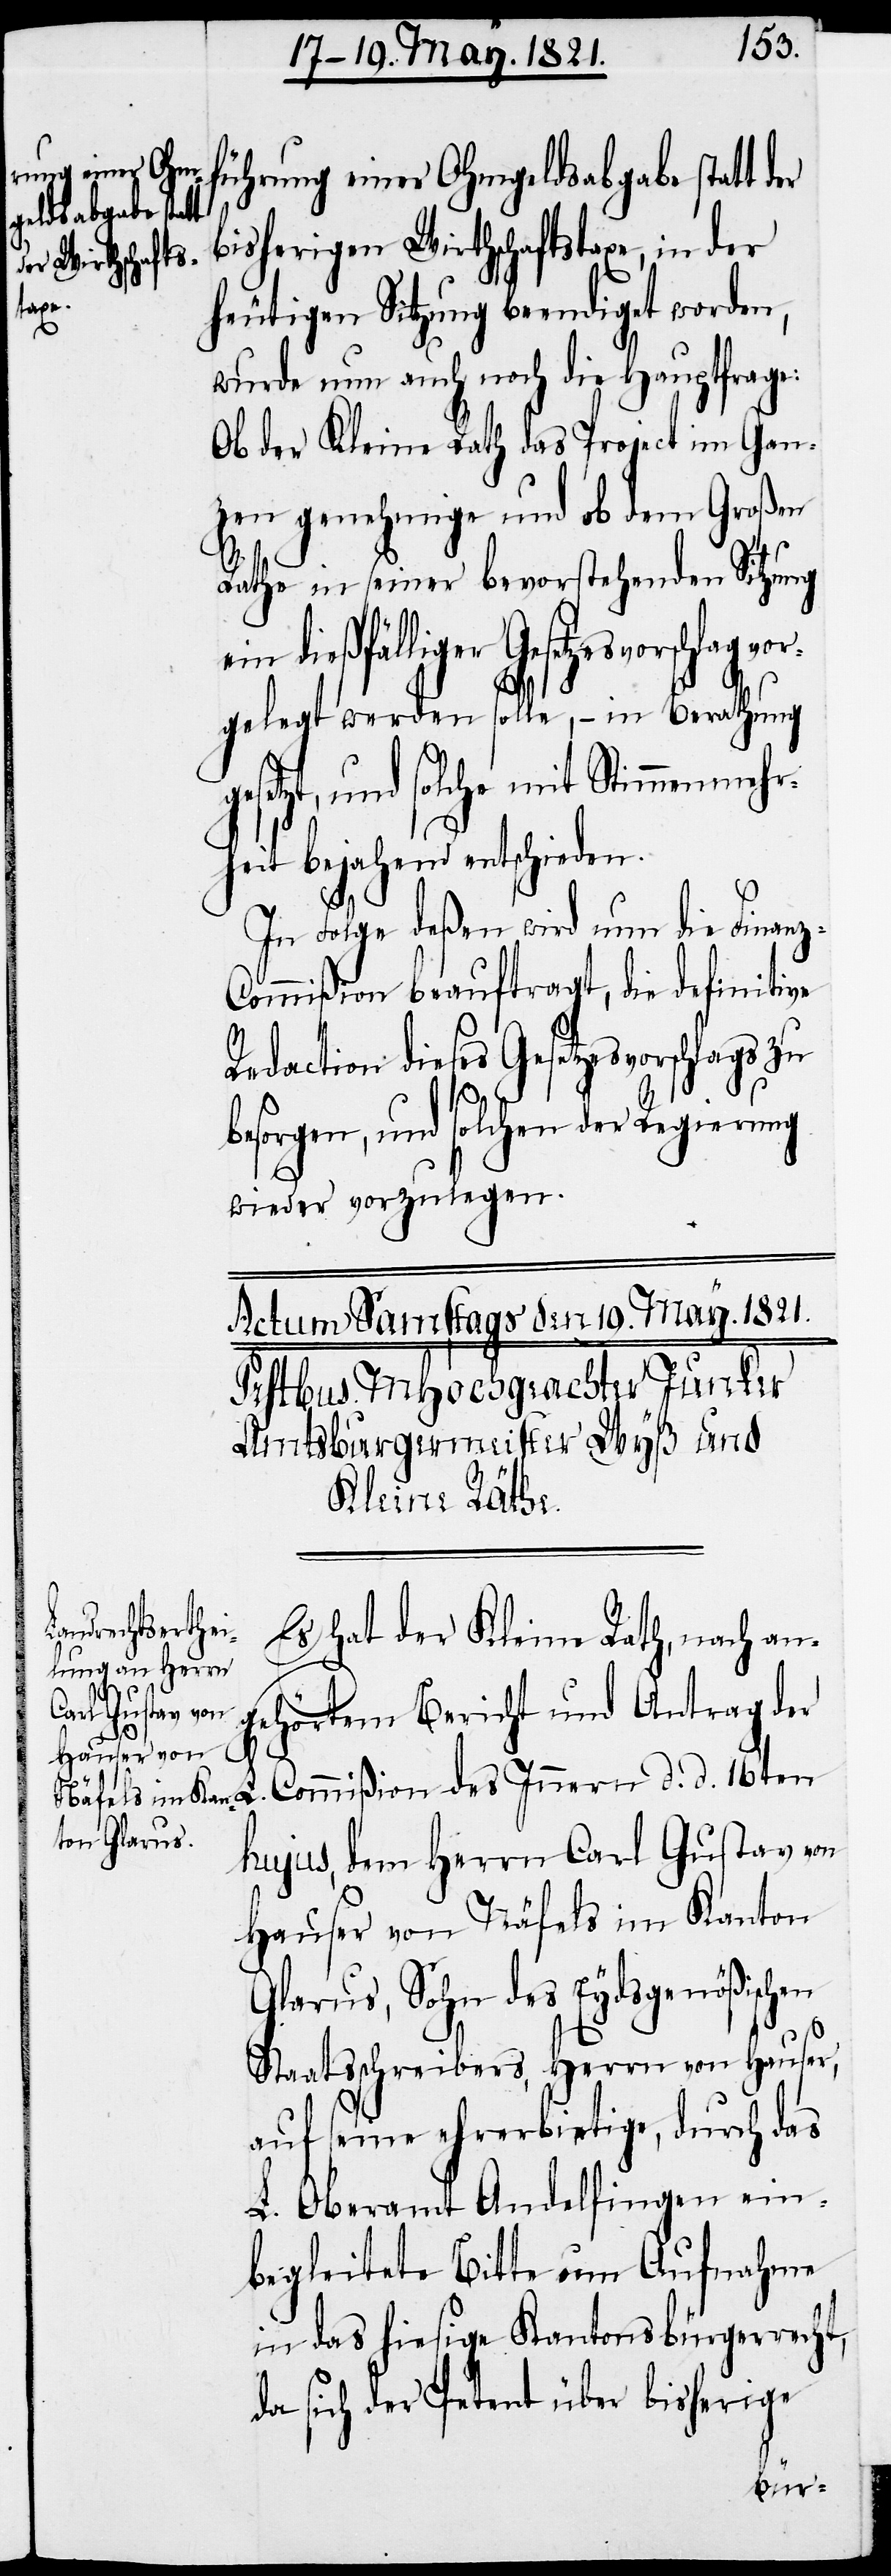
führung einer Ohmgeldsabgabe statt d¬
bisherigen Wirthschaftstaxe, in der
z-C¬
heutigen Sitzung beendiget worden,
wurde nun auch noch die Hauptfrage:
Ob der Kleine Rath das Project im Gan¬
zen genehmige und ob dem Großen
Rathe in seiner bevorstehenden Sitzung
in dießfälliger Gesetzesvorschlag
gelegt werden solle, – in Berathung
esetzt, und solche mit Stimmenmehr¬
heit bejahend entschieden.
In Folge deßen wird nun die Finan¬
ommißion beauftragt, die definitive
R¬
edaction dieses Gesetzesvorschlags
besorgen, und solchen der Regierung
wieder vorzulegen.
Es hat der Kleine Rath, nach an¬
gehörtem Bericht und Antrag der
L.
Commißion des Innern d. d. 16ten
hujus, dem Herrn Carl Gustav von
Hauser von Näfels im Kanton
Glarus, Sohn des Eydsgenößischen
Staatsschreibers, Herrn von Hauser,
auf seine ehrerbietige, durch das
L. Oberamt Andelfingen ein¬
begleitete Bitte um Aufnahme
in das hiesige Kantonsbürgerrecht,
da sich der Petent über bisherige